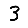
Digit: 3